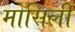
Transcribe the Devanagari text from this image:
मोसिली